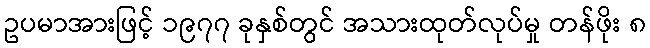
ဥပမာအားဖြင့် ၁၉၇၇ ခုနှစ်တွင် အသားထုတ်လုပ်မှု တန်ဖိုး ၈